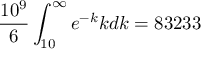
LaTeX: \frac { 1 0 ^ { 9 } } { 6 } \int _ { 1 0 } ^ { \infty } e ^ { - k } k d k = 8 3 2 3 3